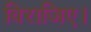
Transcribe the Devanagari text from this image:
विराजिए।